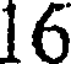
16